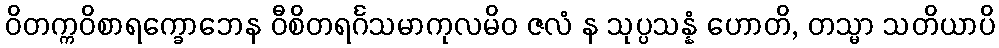
ဝိတက္ကဝိစာရက္ခောဘေန ဝီစိတရင်္ဂသမာကုလမိဝ ဇလံ န သုပ္ပသန္နံ ဟောတိ, တသ္မာ သတိယာပိ